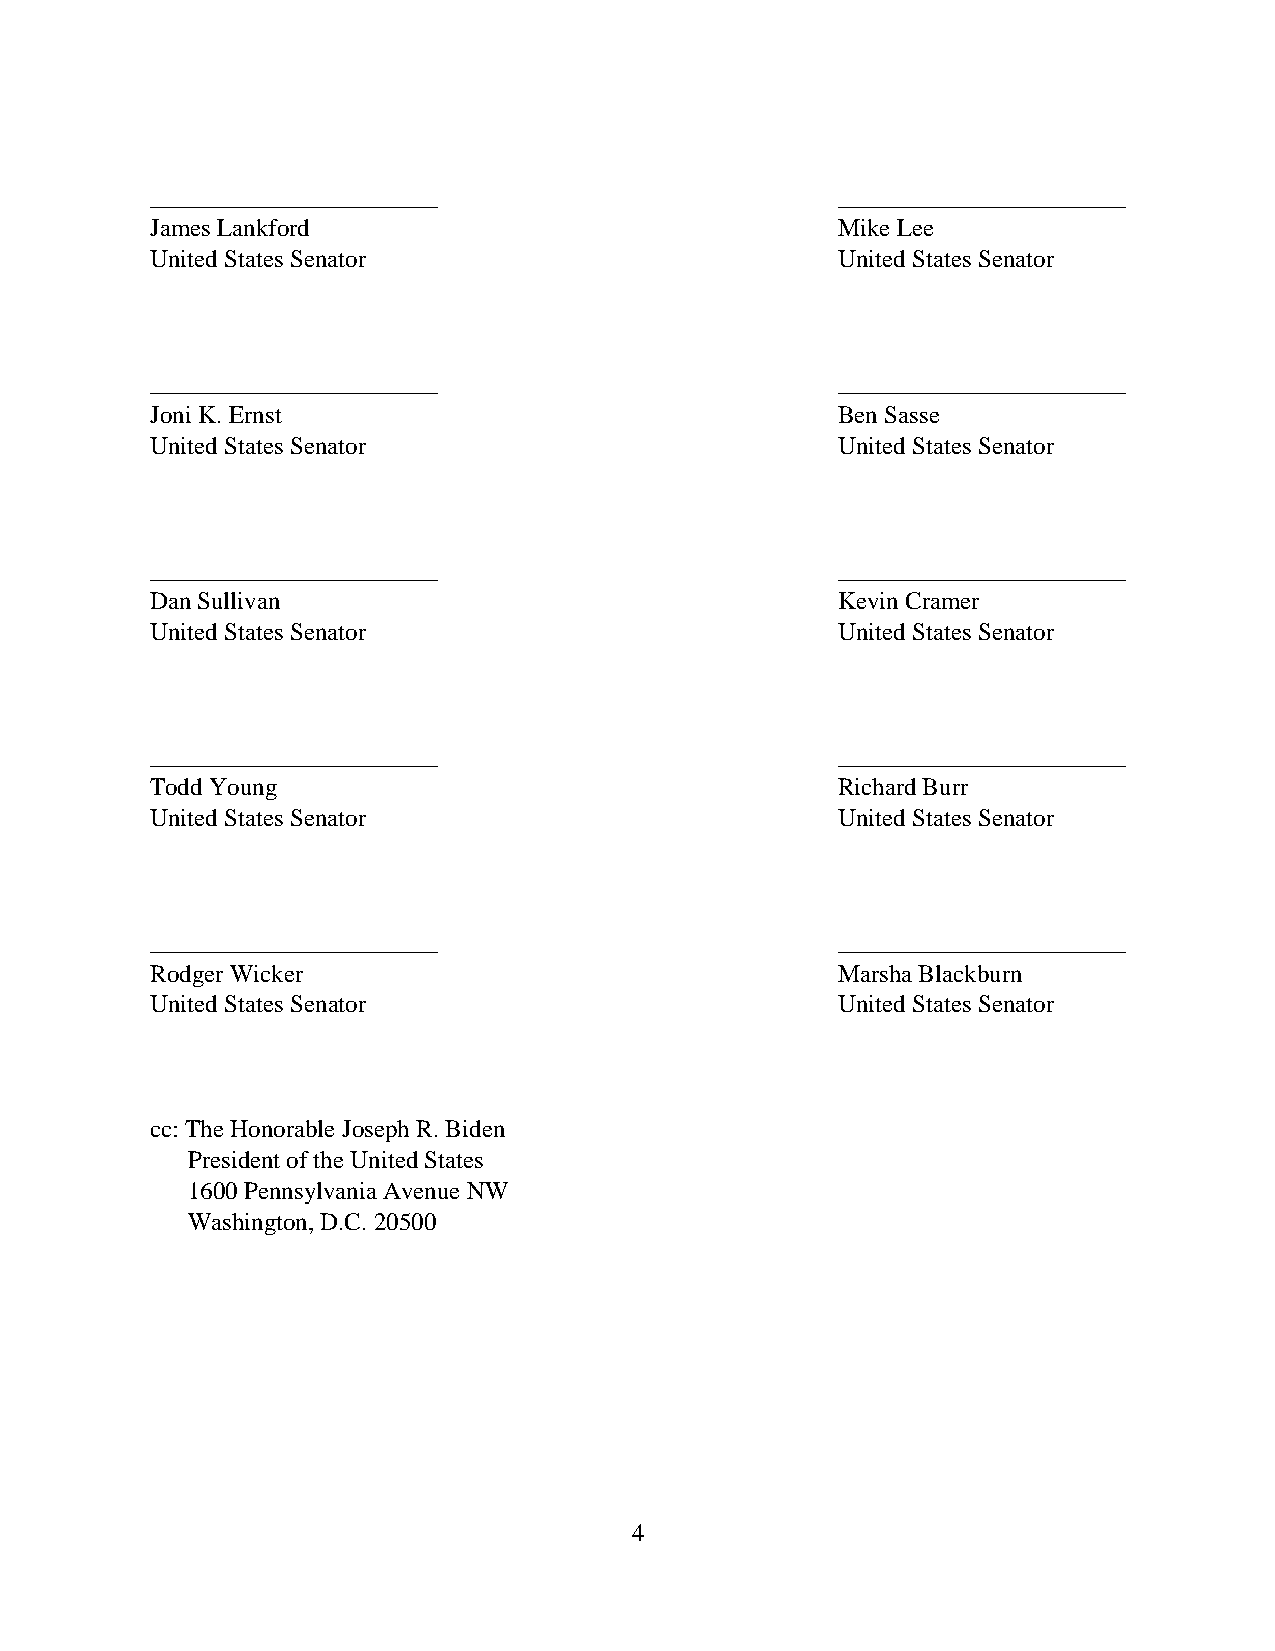
_______________________                      _______________________
 James Lankford                               Mike Lee
 United States Senator                        United States Senator
 _______________________                      _______________________
 Joni K. Ernst                                Ben Sasse
 United States Senator                        United States Senator
 _______________________                      _______________________
 Dan Sullivan                                 Kevin Cramer
 United States Senator                        United States Senator
 _______________________                      _______________________
 Todd Young                                   Richard Burr
 United States Senator                        United States Senator
 _______________________                      _______________________
 Rodger Wicker                                Marsha Blackburn
 United States Senator                        United States Senator
 cc: The Honorable Joseph R. Biden
 President of the United States
 1600 Pennsylvania Avenue NW
 Washington, D.C. 20500
 4